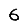
Digit: 6